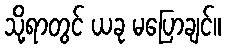
သို့ရာတွင် ယခု မပြောချင်။